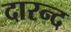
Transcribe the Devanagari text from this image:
दारन्द